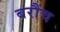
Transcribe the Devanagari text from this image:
बरौंच